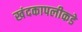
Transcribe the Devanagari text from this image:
खंदकापलीकडे